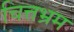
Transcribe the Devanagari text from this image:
चित्तभ्रम